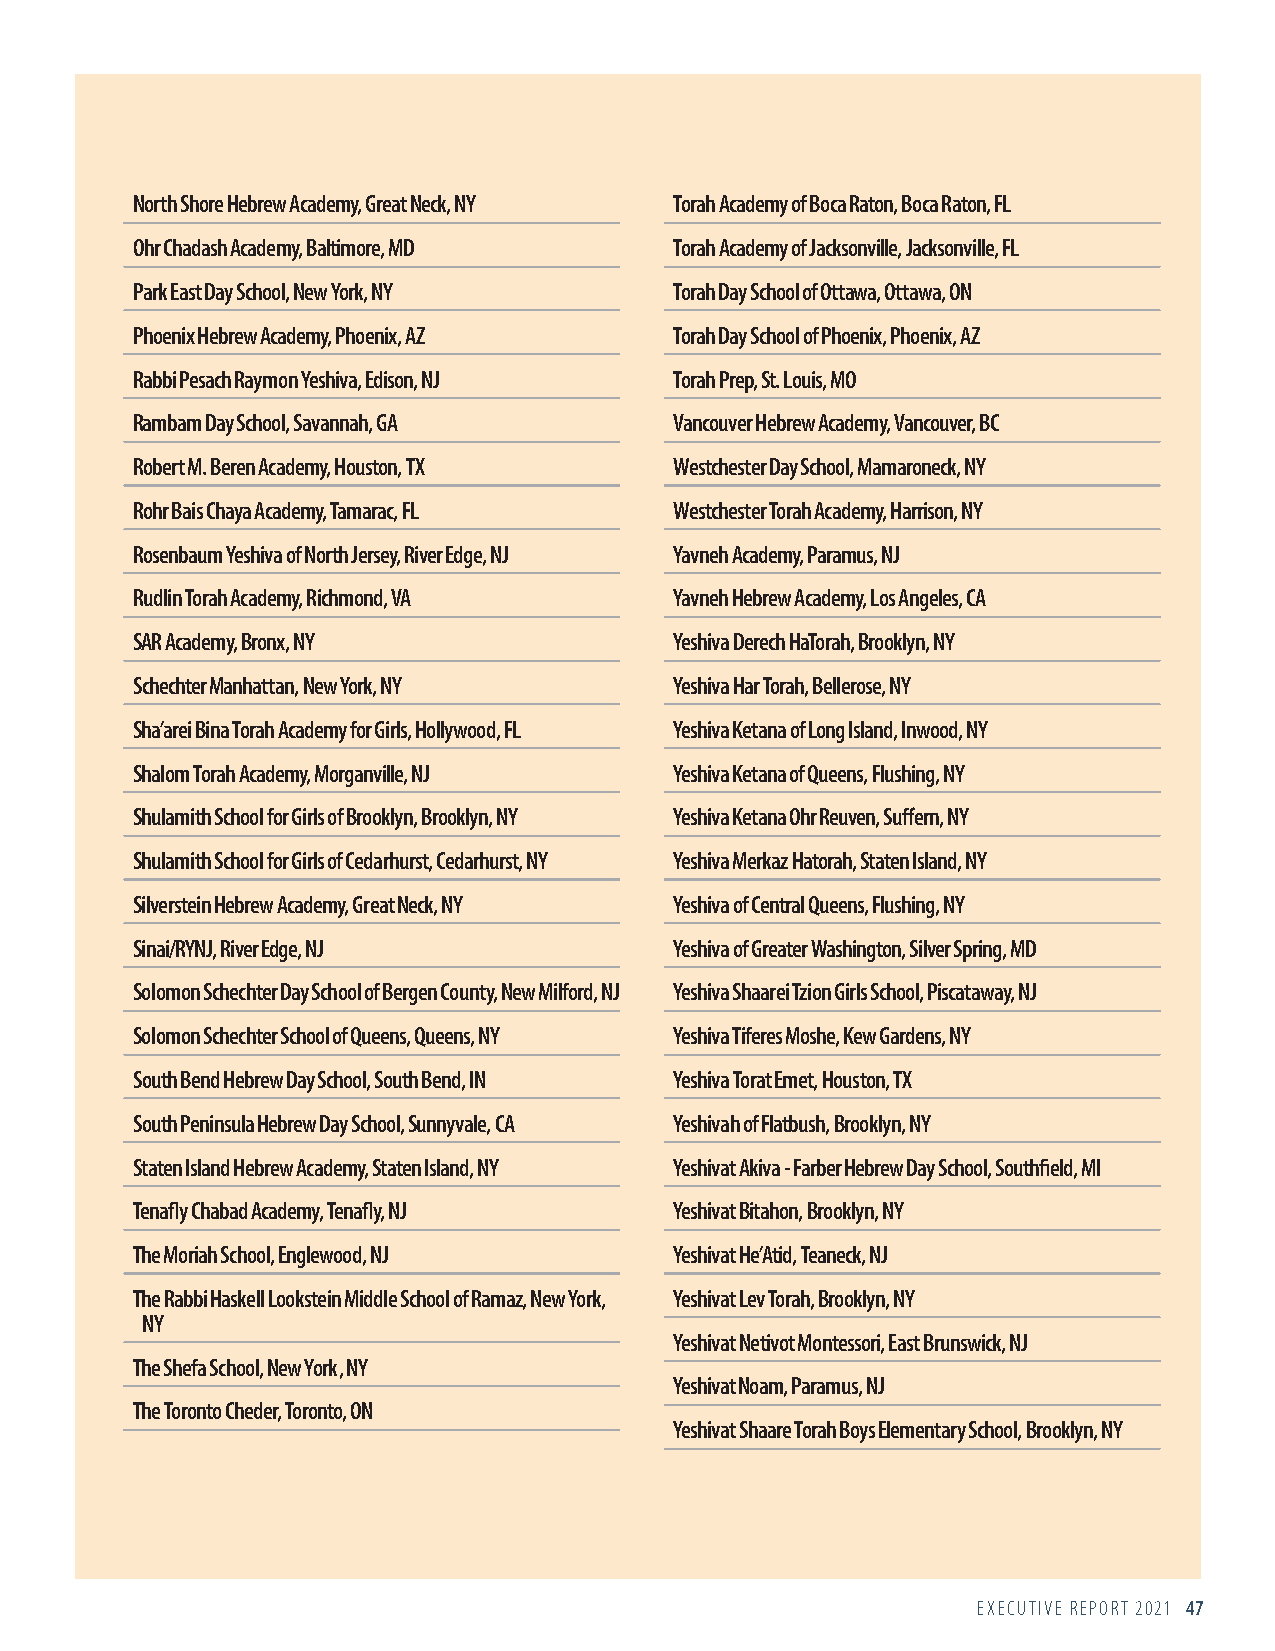
North Shore Hebrew Academy, Great Neck, NY Torah Academy of Boca Raton, Boca Raton, FL
 Ohr Chadash Academy, Baltimore, MD  Torah Academy of Jacksonville, Jacksonville, FL
 Park East Day School, New York, NY  Torah Day School of Ottawa, Ottawa, ON
 Phoenix Hebrew Academy, Phoenix, AZ Torah Day School of Phoenix, Phoenix, AZ
 Rabbi Pesach Raymon Yeshiva, Edison, NJ Torah Prep, St. Louis, MO
 Rambam Day School, Savannah, GA     Vancouver Hebrew Academy, Vancouver, BC
 Robert M. Beren Academy, Houston, TX Westchester Day School, Mamaroneck, NY
 Rohr Bais Chaya Academy, Tamarac, FL Westchester Torah Academy, Harrison, NY
 Rosenbaum Yeshiva of North Jersey, River Edge, NJ Yavneh Academy, Paramus, NJ
 Rudlin Torah Academy, Richmond, VA  Yavneh Hebrew Academy, Los Angeles, CA
 SAR Academy, Bronx, NY              Yeshiva Derech HaTorah, Brooklyn, NY
 Schechter Manhattan, New York, NY   Yeshiva Har Torah, Bellerose, NY
 Sha’arei Bina Torah Academy for Girls, Hollywood, FL Yeshiva Ketana of Long Island, Inwood, NY
 Shalom Torah Academy, Morganville, NJ Yeshiva Ketana of Queens, Flushing, NY
 Shulamith School for Girls of Brooklyn, Brooklyn, NY Yeshiva Ketana Ohr Reuven, Suffern, NY
 Shulamith School for Girls of Cedarhurst, Cedarhurst, NY Yeshiva Merkaz Hatorah, Staten Island, NY
 Silverstein Hebrew Academy, Great Neck, NY Yeshiva of Central Queens, Flushing, NY
 Sinai/RYNJ, River Edge, NJ          Yeshiva of Greater Washington, Silver Spring, MD
 Solomon Schechter Day School of Bergen County, New Milford, NJ Yeshiva Shaarei Tzion Girls School, Piscataway, NJ
 Solomon Schechter School of Queens, Queens, NY Yeshiva Tiferes Moshe, Kew Gardens, NY
 South Bend Hebrew Day School, South Bend, IN Yeshiva Torat Emet, Houston, TX
 South Peninsula Hebrew Day School, Sunnyvale, CA Yeshivah of Flatbush, Brooklyn, NY
 Staten Island Hebrew Academy, Staten Island, NY Yeshivat Akiva - Farber Hebrew Day School, Southfield, MI
 Tenafly Chabad Academy, Tenafly, NJ Yeshivat Bitahon, Brooklyn, NY
 The Moriah School, Englewood, NJ    Yeshivat He’Atid, Teaneck, NJ
 The Rabbi Haskell Lookstein Middle School of Ramaz, New York, Yeshivat Lev Torah, Brooklyn, NY
 NY
 Yeshivat Netivot Montessori, East Brunswick, NJ
 The Shefa School, New York , NY
 Yeshivat Noam, Paramus, NJ
 The Toronto Cheder, Toronto, ON
 Yeshivat Shaare Torah Boys Elementary School, Brooklyn, NY
 EXECUTIVE REPORT 2021 47